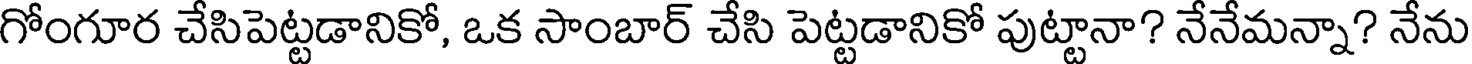
గోంగూర చేసిపెట్టడానికో, ఒక సాంబార్ చేసి పెట్టడానికో పుట్టానా? నేనేమన్నా? నేను